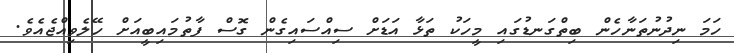
ހަމަ ނިދުނުތަނާހެން ބިތްގަނޑުގައި މީހަކު ތަޅާ އަޑަށް ސިއްސައިގެން ގޮސް ފާތުމައިބީއަށް ހޭލެވިއްޖެއެވެ.